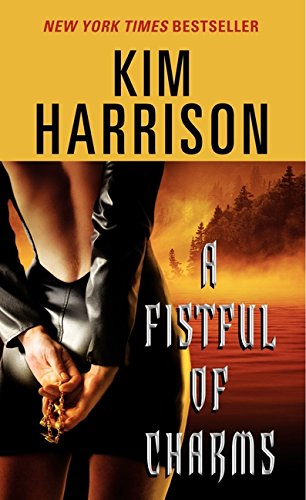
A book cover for A Fistful of Charms (The Hollows, Book 4); Kim Harrison; Romance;